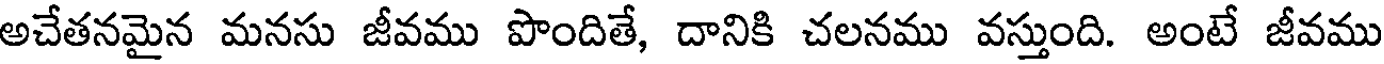
అచేతనమైన మనసు జీవము పొందితే, దానికి చలనము వస్తుంది. అంటే జీవము